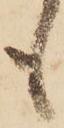
も